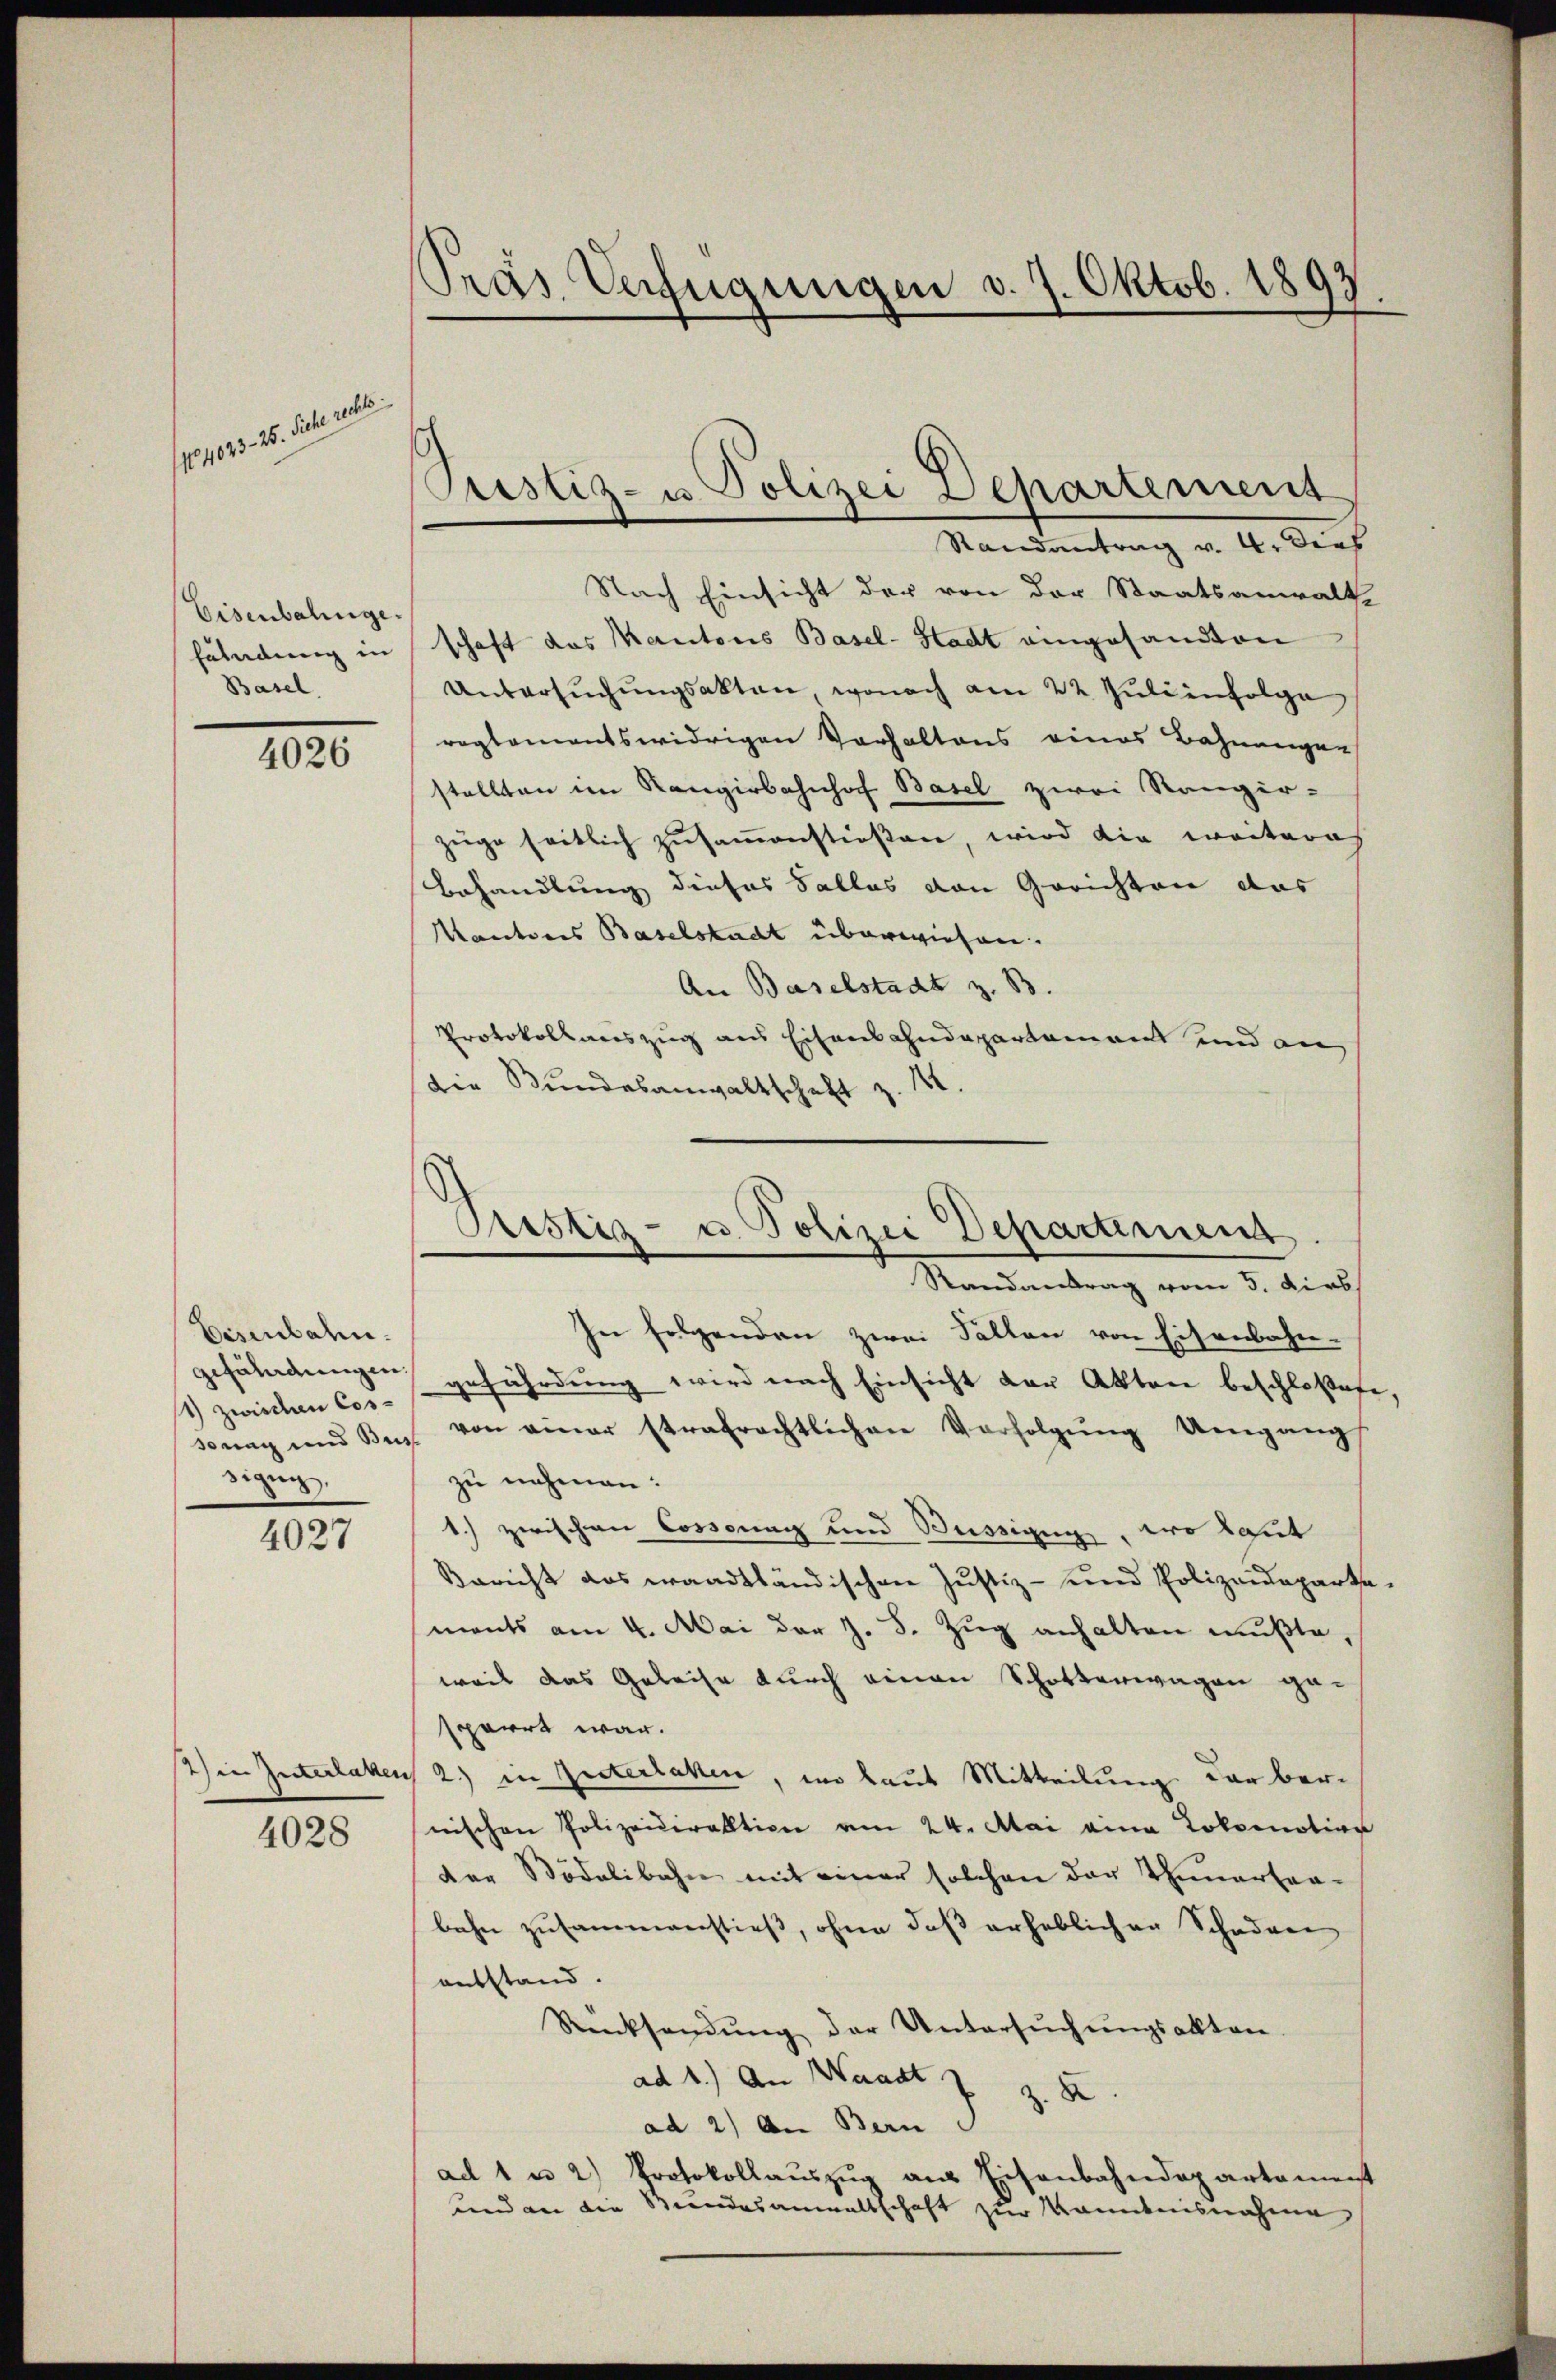
sonen alle

Eisenbahnge.
Füladung in
Basel.

4026

Eisenbahn.
gefährdungen.
1) zwischen Cossigen,

4027

2) in Interlaken
4028

Pras Verfügungen d. 7. Oktob. 1893.

Randantrag v. 4. dies
Nach Einsicht der von der Staatsanwalte
schaft das Kantons Basel-Stadt eingesandten
Untersŭchŭngsakten, wonach am 22. Jŭli infolge
reglementswidrigen Vorhaltens eines Bahnungen
stellten im Rangirbahnhof Basel zwei Rangir-
züge seitlich zusammenstießen, wird die weiteres
Behandlung dieses Falles von Gerichten das
Kantores Baselstadt überwiesen.
An Baselstadt z. 83
Protokollauszug aus Eisenbahndepartement und an
Die Bundesanwaltschaft z. 12.

Prestiz- u Polizei Departement

Pristiz- u. Polizei Departement.
Randantrag vom 5. Diebs

In folgenden zwei Fallen von Eisenbahn-
gefährdung wird nach Einsicht der Akten beschloßeste,
sung und Bus von einer strafrechtlichen Verfolgŭng Umgang
zu nehmen:
1.) zwischen Cossung und Büssigung, wo laut
Bericht das waadtländischen Justiz- und Polizeidepartements am 4. Mai der z. B. Zug anhalten mußte,
weil das Geleise durch einen Schotterwagen gesperrt war.
2.) in Guterlaken, wo laut Mitteilung der bernischen Polizeidirektion am 24. Mai eine Lokomotion
der Bödelibahn mit einer solchen der Thunertra-
bahn zusammenstieß, ohne daß erheblichen Schadene
entstand.
Rücksendŭng der Untersŭchŭngsakten.
ad 1.) An Waadt z. Z. 82.
ad 2) An Bern
ad 1 u 2) Protokollaŭszŭg ans Eisenbahndepartament
und an die Stundesanwaltschaft zur Kenntnisnahme